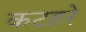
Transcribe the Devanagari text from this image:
कटहरे